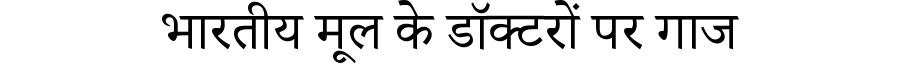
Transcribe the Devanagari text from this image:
भारतीय मूल के डॉक्टरों पर गाज